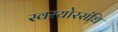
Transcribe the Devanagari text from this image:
स्वरयोरसंधि